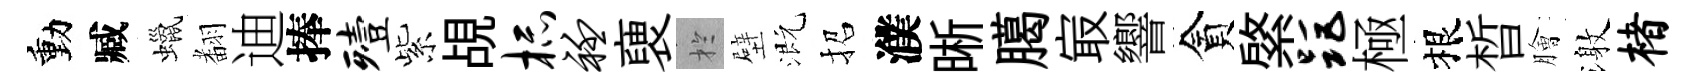
動臧蠟𮋒迪捧殪紫覘杯衽褏扵壁溉招濮晰臈㝡響貪綮距極根晳膾激楮